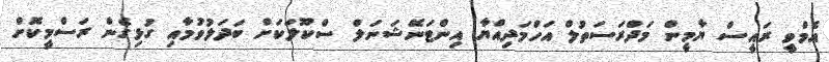
އެމްވީ ރައީސް ޔާމީން މަދްރަސަތުލް އަހްމަދިއްޔާ އިންޓަނޭޝަނަލް ސްކޫލަކަށް ބަދަލުވުމާއި ގުޅިގެން ރަސްމީކޮށް